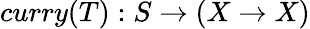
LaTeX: curry(T):S\to(X\to X)